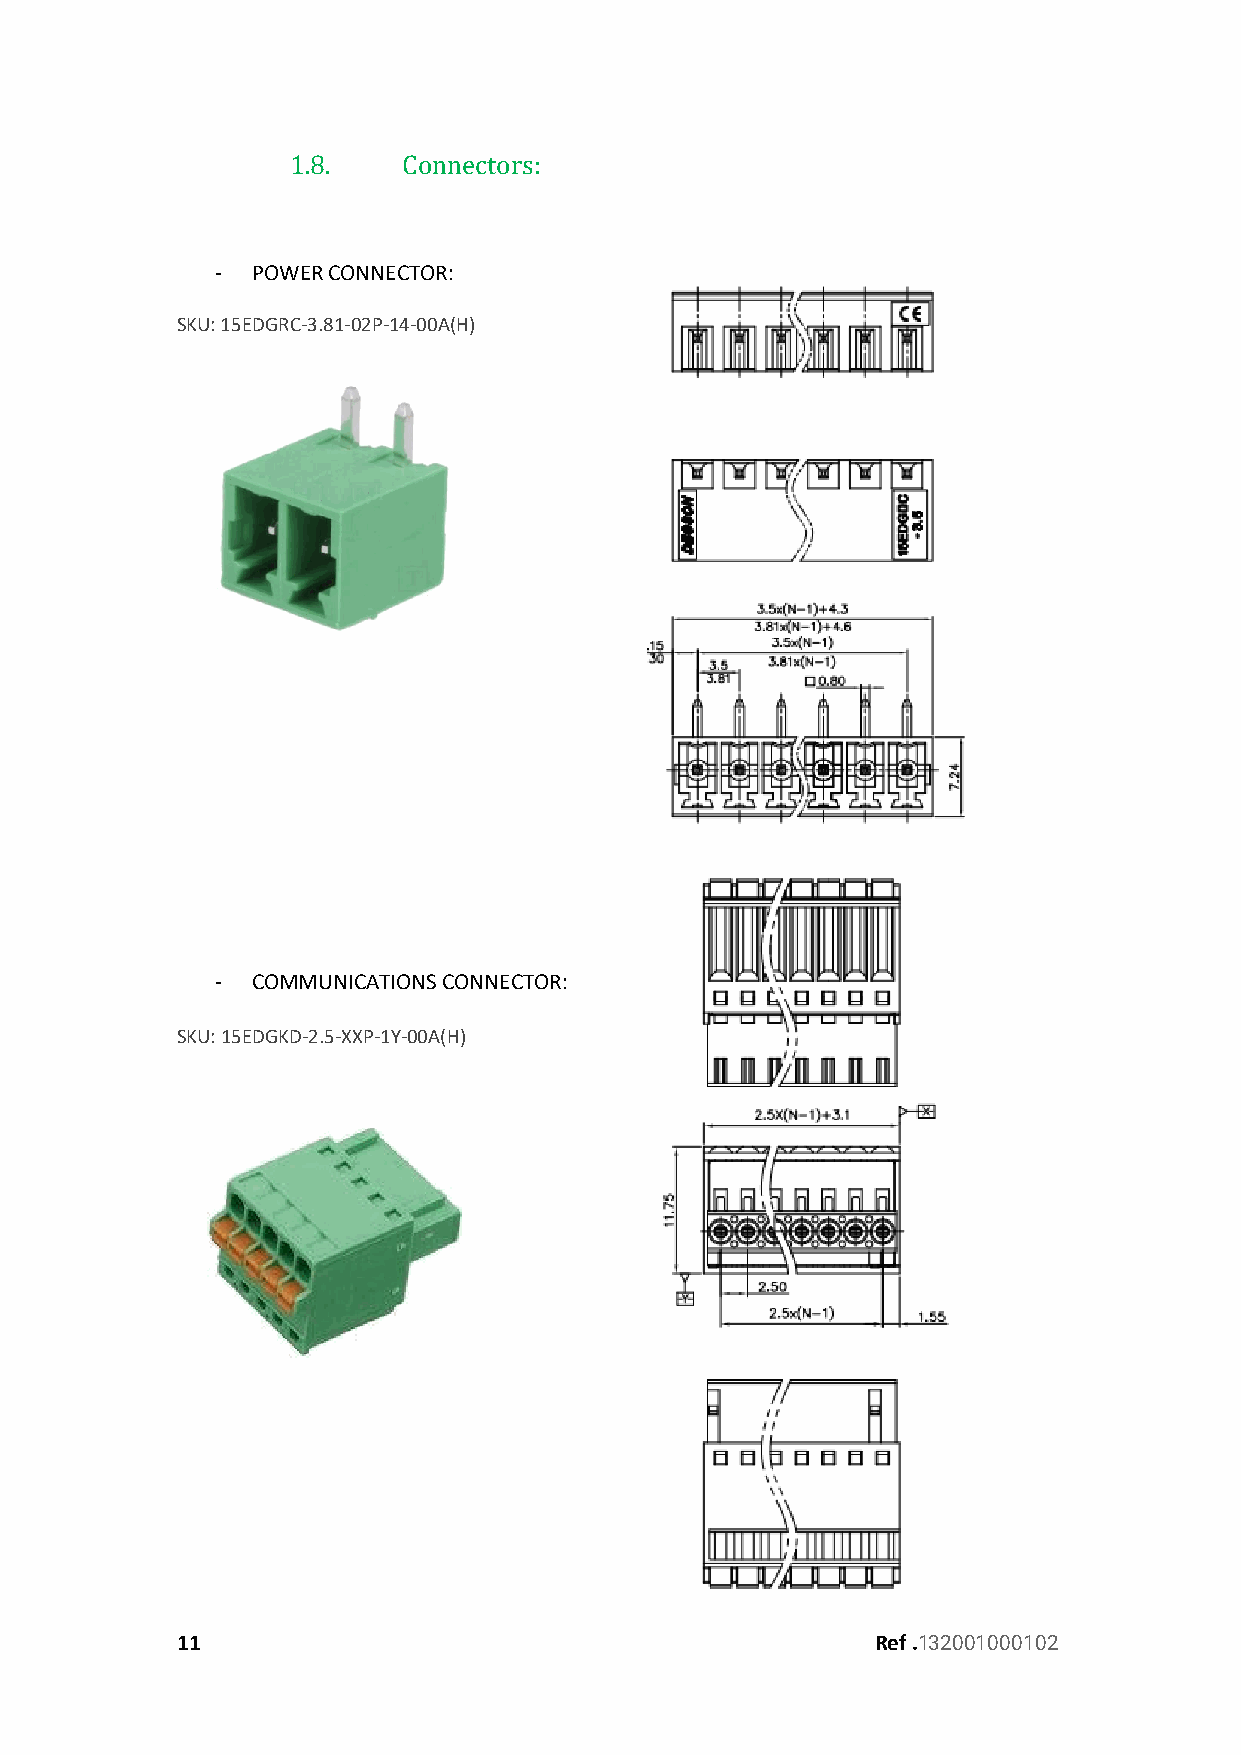
1.8.    Connectors:
 -  POWER CONNECTOR:
 SKU: 15EDGRC-3.81-02P-14-00A(H)
 -  COMMUNICATIONS CONNECTOR:
 SKU: 15EDGKD-2.5-XXP-1Y-00A(H)
 11                                            Ref .132001000102